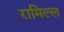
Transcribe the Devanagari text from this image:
रामिल्ल